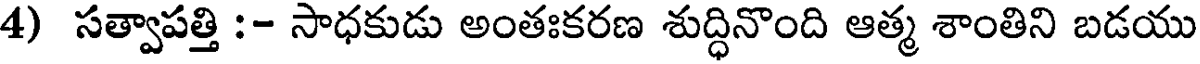
4) సత్వాపత్తి :- సాధకుడు అంతఃకరణ శుద్ధినొంది ఆత్మ శాంతిని బడయు